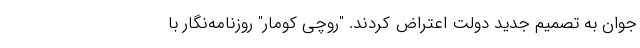
جوان به تصمیم جدید دولت اعتراض کردند. "روچی کومار" روزنامه‌نگار با